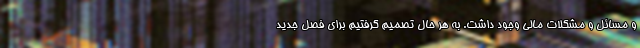
و مسائل و مشکلات مالی وجود داشت. به هر حال تصمیم گرفتیم برای فصل جدید